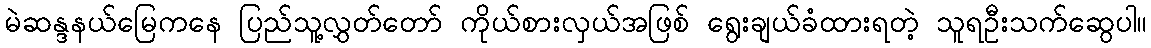
မဲဆန္ဒနယ်မြေကနေ ပြည်သူ့လွှတ်တော် ကိုယ်စားလှယ်အဖြစ် ရွေးချယ်ခံထားရတဲ့ သူရဦးသက်ဆွေပါ။